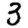
Digit: 3